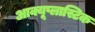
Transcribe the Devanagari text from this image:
आक्यूप्लास्टिक